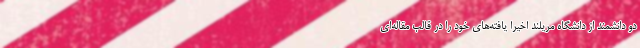
دو دانشمند از دانشگاه مریلند اخیرا یافته‌های خود را در قالب مقاله‌ای